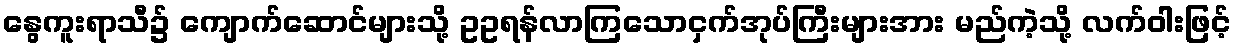
နွေကူးရာသီ၌ ကျောက်ဆောင်များသို့ ဥဥရန်လာကြသောငှက်အုပ်ကြီးများအား မည်ကဲ့သို့ လက်ဝါးဖြင့်